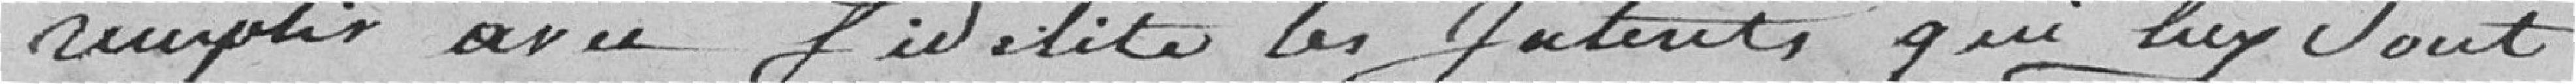
remplir avec fidélité les Intérêts qui luy sont